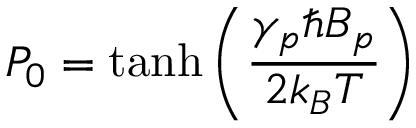
P _ { 0 } = \operatorname { t a n h } \left( \frac { \gamma _ { p } \hbar B _ { p } } { 2 k _ { B } T } \right)